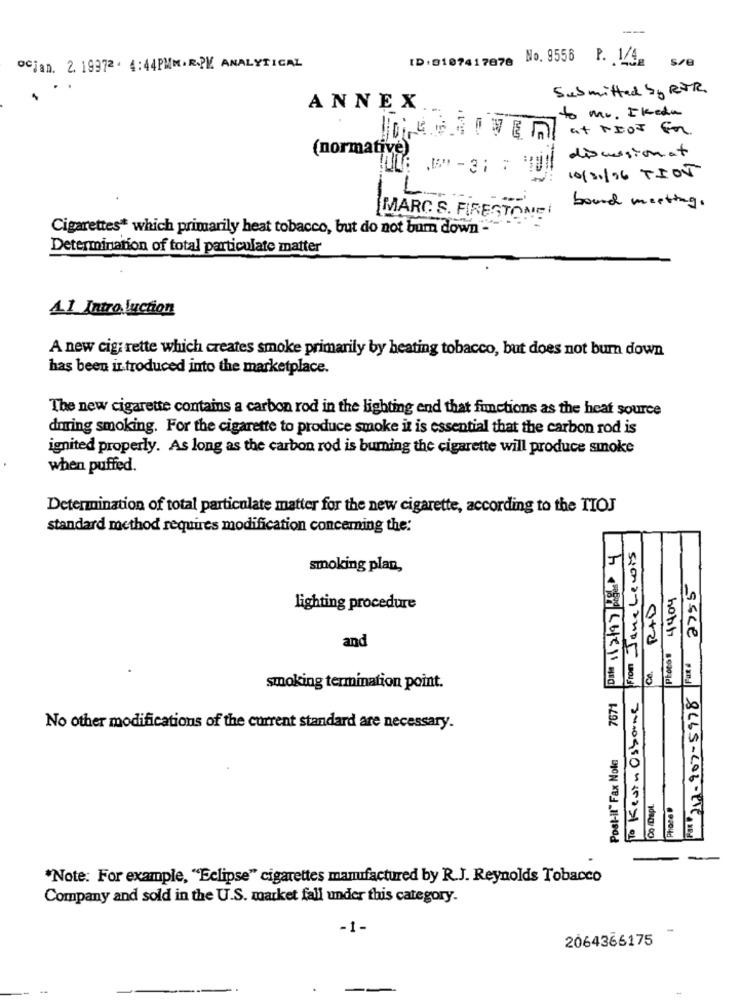
ID: 0107417070 No. 9556 P. 1/4
s/e
ocjan. 2. 19972 . 4:44PMM.R.PV. ANALYTICAL
...
Submitted by ROR.
ANNEX
to mr. Ikeda
at NEOT FOR
(normative)
discussionat
.-
10/11/96 TION
L
board meeting.
MARC S. FIRESTONE
Cigarettes* which primarily heat tobacco, but do not bum down"
Determination of total particulate matter
Al Intro Juction
A new cig; rette which creates smoke primarily by heating tobacco, but does not bum down
has been introduced into the marketplace.
The new cigarette contains a carbon rod in the lighting end that functions as the heat source
during smoking. For the cigarette to produce smoke it is essential that the carbon rod is
ignited properly. As long as the carbon rod is buming the cigarette will produce smoke
when puffed.
Determination of total particulate matter for the new cigarette, according to the TIOJ
standard method requires modification concerning the:
From Jane Lewis
J
smoking plan,
Photos 4404
RAD
lighting procedure
and
2
sice
Ce.
smoking termination point.
Pax 212-907-5978
No other modifications of the current standard are necessary.
Post-il" Fax Nole
Phozel
34.0950×16271 0
"Note. For example, "Eclipse" cigarettes manufactured by R.J. Reynolds Tobacco
Company and sold in the U.S. market fall under this category.
-1-
-
2064366175